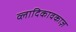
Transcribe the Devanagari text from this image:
व्लादिकावकाज़